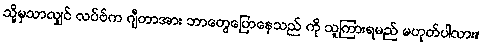
သို့မှသာလျှင် လပ်ဗ်က ဂျီတာအား ဘာတွေပြောနေသည် ကို သူကြားရမည် မဟုတ်ပါလား။